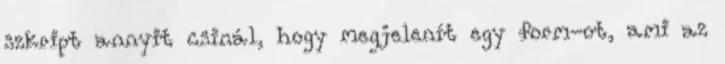
szkript annyit csinál, hogy megjelenít egy form-ot, ami az